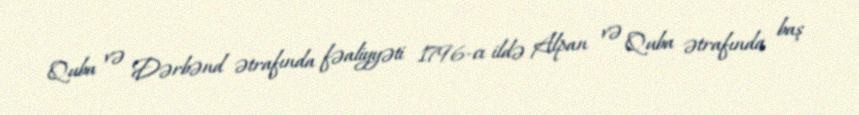
Quba və Dərbənd ətrafında fəaliyyəti 1796-cı ildə Alpan və Quba ətrafında baş